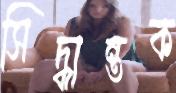
সিদ্ধান্তক